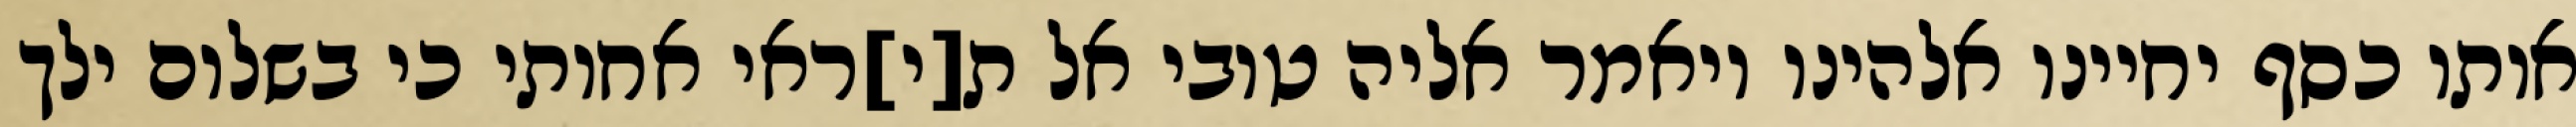
אותו כסף יחיינו אלהינו ויאמר אליה טובי אל ת[י]ראי אחותי כי בשלום ילך